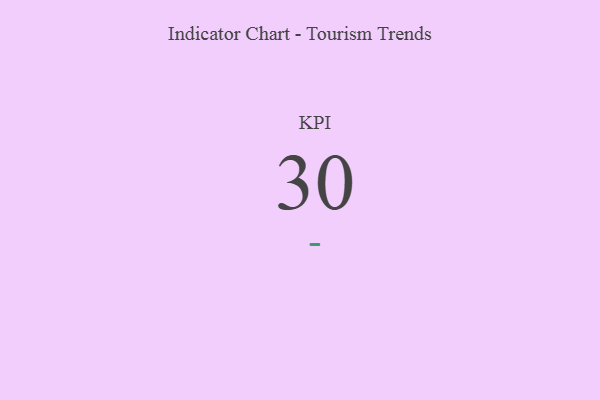
{"axis": {"x": "KPI", "y": "Value"}, "legend": [""], "data": [{"x": "KPI", "y": 30, "type": ""}]}